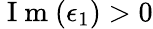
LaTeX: \mathrm{~I~m~}(\epsilon_{1})>0